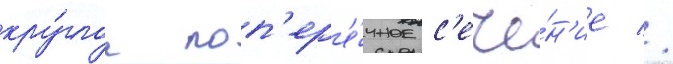
кру́глое поп'ер'е́чное с'ече́н'ие //